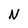
Character: N